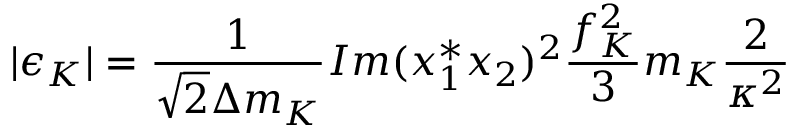
| \epsilon _ { K } | = \frac { 1 } { \sqrt { 2 } \Delta m _ { K } } I m ( x _ { 1 } ^ { * } x _ { 2 } ) ^ { 2 } \frac { f _ { K } ^ { 2 } } { 3 } m _ { K } \frac { 2 } { \kappa ^ { 2 } }